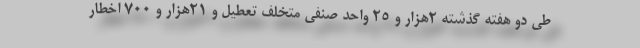
طی دو هفته گذشته ۲هزار و ۲۵ واحد صنفی متخلف تعطیل و ۲۱هزار و ۷۰۰ اخطار